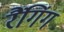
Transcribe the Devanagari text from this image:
रैंगिंग